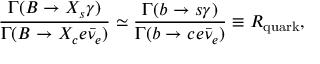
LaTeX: \frac { \Gamma ( B \to X _ { s } \gamma ) } { \Gamma ( B \to X _ { c } e \bar { \nu } _ { e } ) } \simeq \frac { \Gamma ( b \to s \gamma ) } { \Gamma ( b \to c e \bar { \nu } _ { e } ) } \equiv R _ { \mathrm { q u a r k } } ,